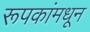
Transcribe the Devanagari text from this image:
रूपकांमधून